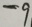
- 9